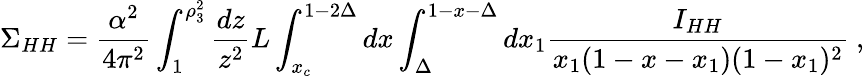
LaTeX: \Sigma_{HH}=\frac{\alpha^{2}}{4\pi^{2}}\int_{1}^{\rho_{3}^{2}}\frac{dz}{z^{2}}L\int_{x_{c}}^{1-2\Delta}dx\int_{\Delta}^{1-x-\Delta}dx_{1}\frac{I_{HH}}{x_{1}(1-x-x_{1})(1-x_{1})^{2}}\ ,